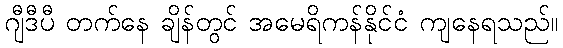
ဂျီဒီပီ တက်နေ ချိန်တွင် အမေရိကန်နိုင်ငံ ကျနေရသည်။